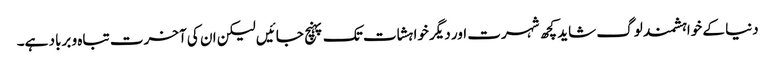
دنیا کے خواہشمند لوگ شاید کچھ شہرت اور دیگر خواہشات تک پہنچ جائیں لیکن ان کی آخرت تباہ و برباد ہے۔